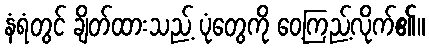
နံရံတွင် ချိတ်ထားသည့် ပုံတွေကို ဝေ့ကြည့်လိုက်၏။